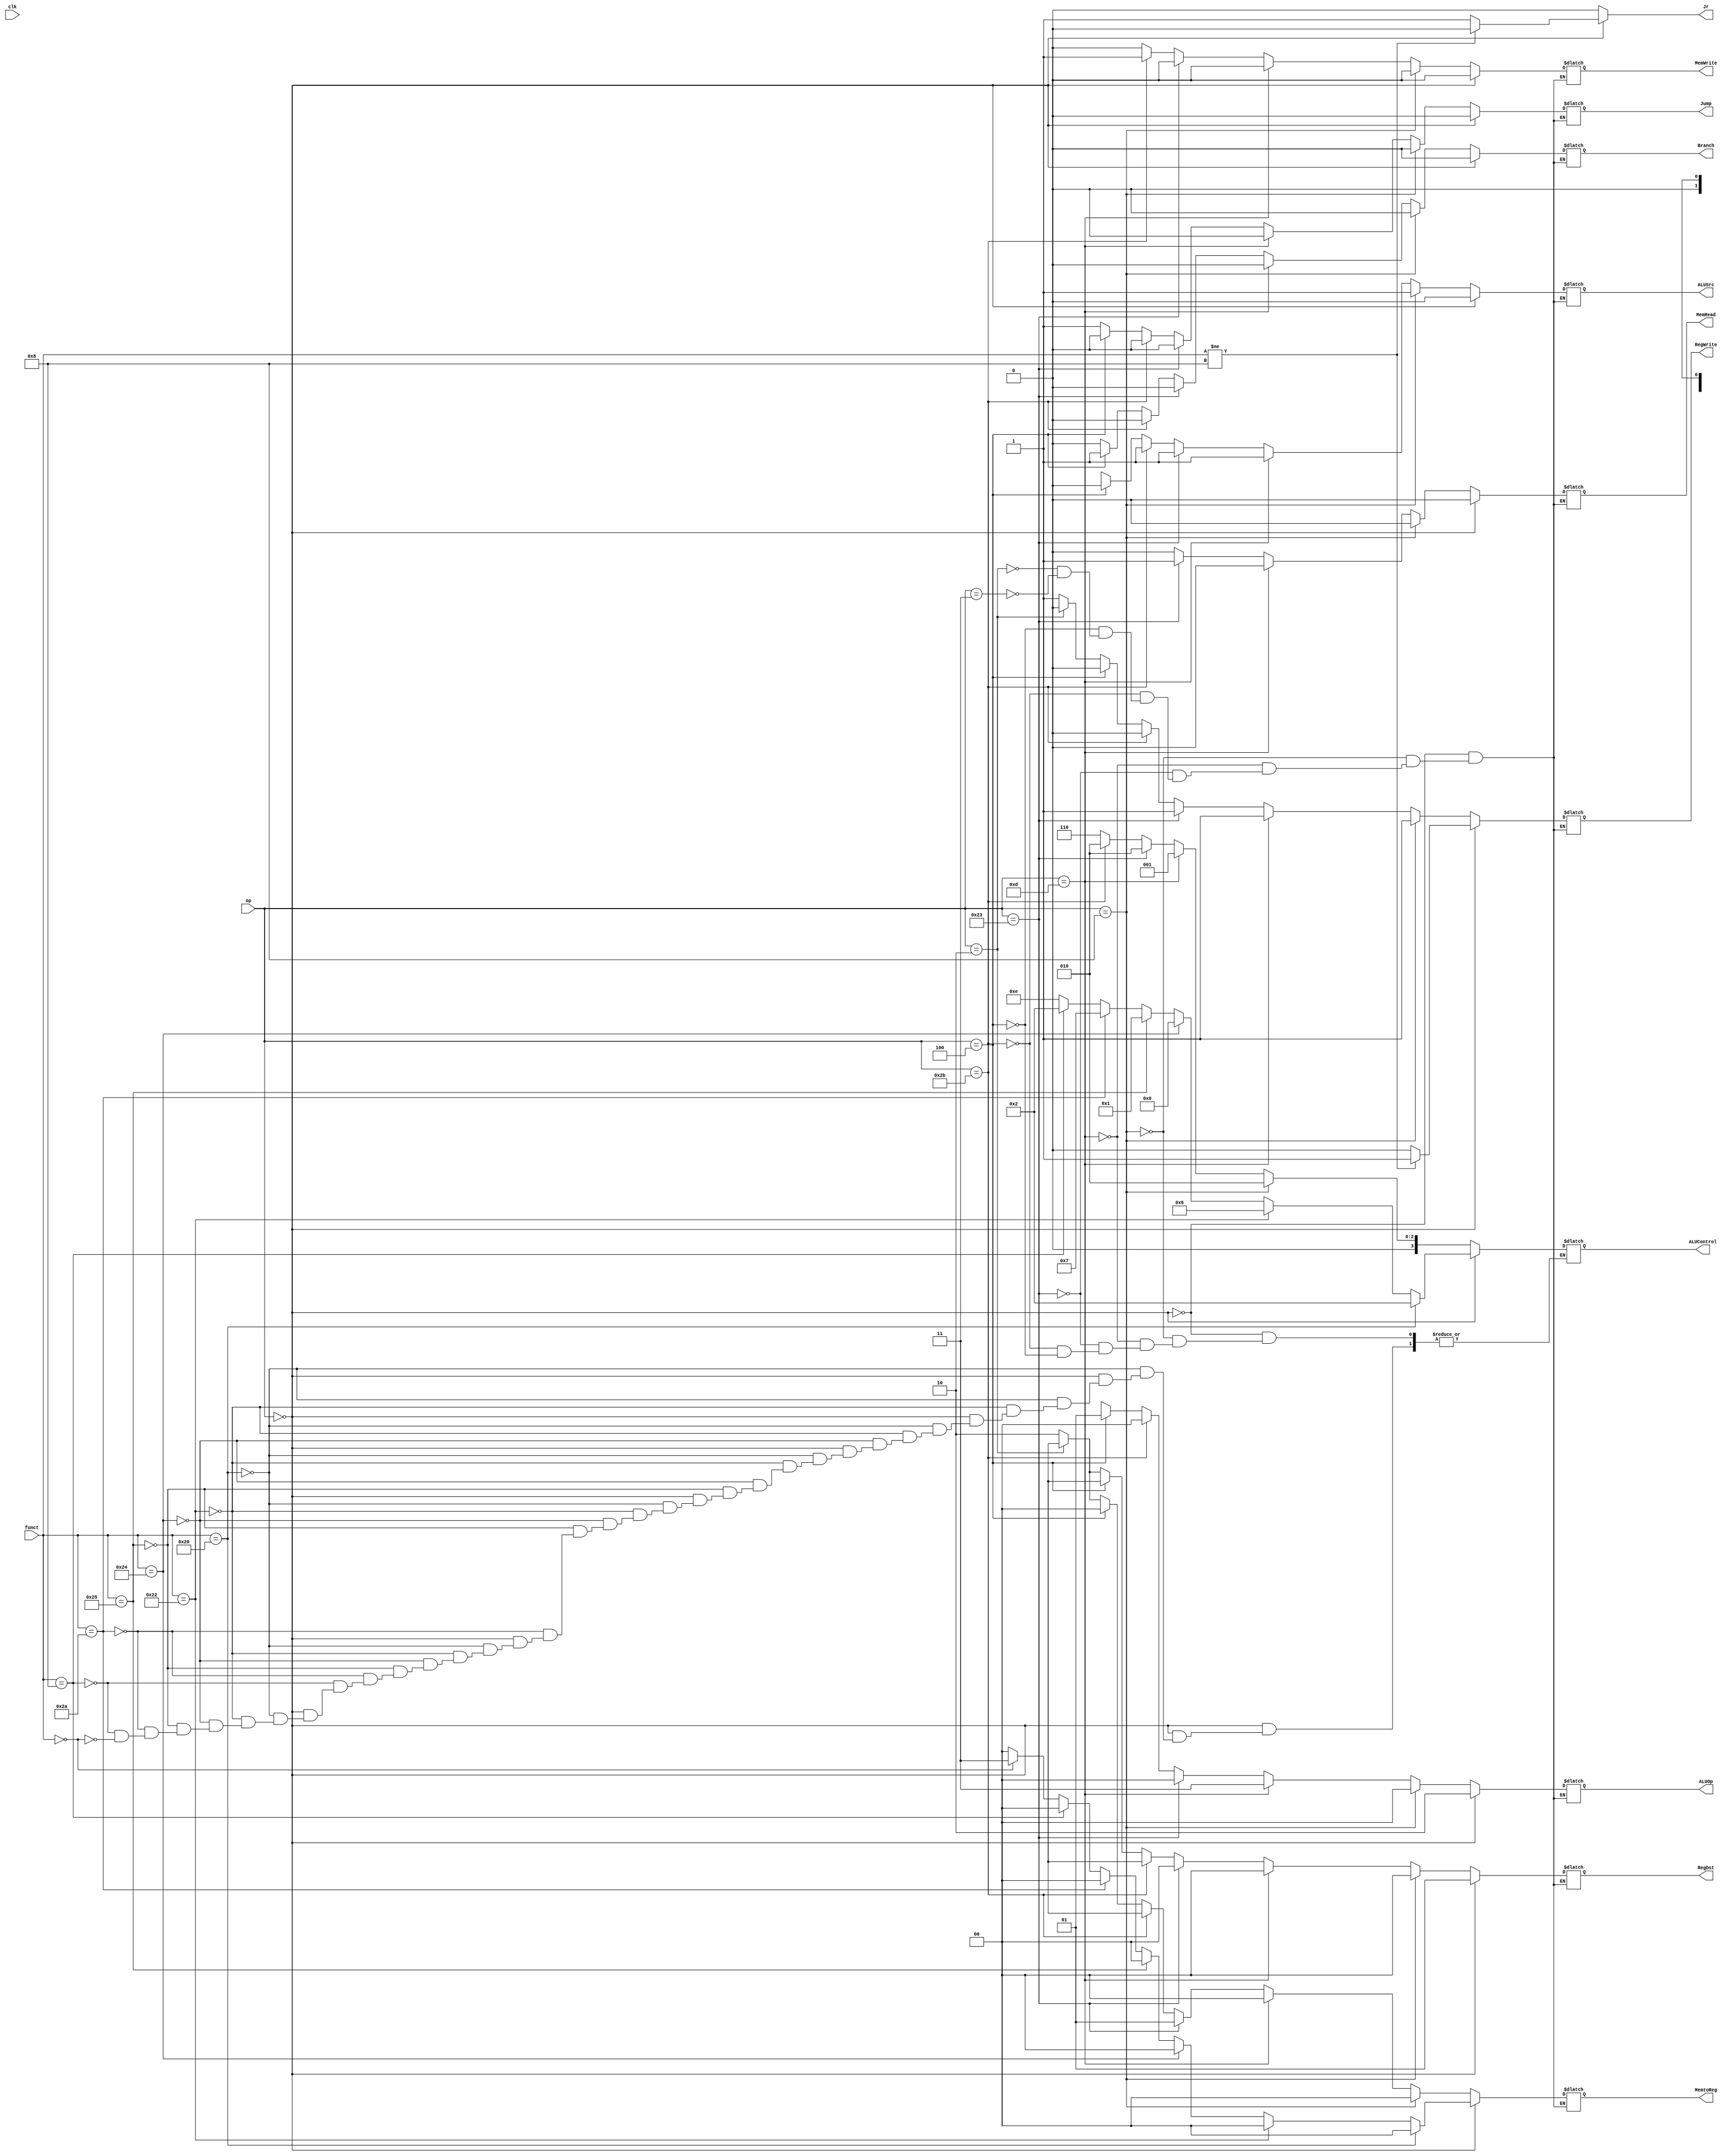


module ALU_Control (input clk,input [5:0] op ,funct,
                    output reg [1:0] MemtoReg, output reg Branch, MemRead,output reg [1:0] RegDst ,output reg MemWrite,  ALUSrc, RegWrite,Jump,Jr, // memtoreg kant 2 bits
                    output reg [1:0] ALUOp, output reg [3:0] ALUControl );

always @ (op,funct)
begin
Jr<=0;
if (op == 0)  // R-type
begin 
RegDst <= 1;
if (funct != 8)
begin
  RegWrite <= 1;Jr <= 0 ;
end
else
 begin
RegWrite <=0;Jr <= 1;
end

ALUSrc <= 0;
MemtoReg <= 0;
MemRead <= 0;
MemWrite <= 0;
Branch <=0;
Jump <= 0;

ALUOp <= 2'b10 ;  // R   
            if (funct == 32 )
              begin
                ALUControl = 4'b0010 ; // (+) add
               end 
            else if (funct == 34 )
              begin
                ALUControl = 4'b0110 ; // (-) sub
               end

            else if (funct == 36)
              begin
                 ALUControl = 4'b0000 ; // and
               end

            else if (funct == 37)
              begin
                ALUControl = 4'b0001 ; // or
               end

            else if (funct == 42)
              begin
                 ALUControl = 4'b0111 ; // (-) slt
               end

            else if (funct == 8)  
              begin
                 ALUControl = 4'b0010 ; // JR
                
               end

           else if (funct == 0)  
              begin
                 ALUControl = 4'b1110 ; // sll
                 MemtoReg <= 2'b11;
               end



end

else if (op == 8)  // addi
begin
RegDst <= 0;
RegWrite <= 1;
ALUSrc <= 1;
MemtoReg <= 0;
MemRead <= 0;
MemWrite <= 0;
Branch <=0;
Jump <= 0;

ALUOp <= 2'b0 ; // Addition
ALUControl <= 4'b0010 ;

end


else if (op == 13)  // ori
begin
RegDst <= 0;
RegWrite <= 1;
ALUSrc <= 1;
MemtoReg <= 0;
MemRead <= 0;
MemWrite <= 0;
Branch <=0;
Jump <= 0;

ALUOp <= 2'b11 ; 
ALUControl <= 4'b0001 ;

end

else if (op == 35)  // lw
begin
RegDst <= 0;
RegWrite <= 1;
ALUSrc <= 1;
MemtoReg <= 1;
MemRead <= 1;
MemWrite <= 0;
Branch <=0;
Jump <= 0;

ALUOp <= 2'b0  ;// Addition
ALUControl <= 4'b0010 ;
end
    

else if (op == 43)  // sw
begin
RegDst <= 1'bx;
RegWrite <= 0;
ALUSrc <= 1;
MemtoReg <= 1'bx;
MemRead <= 0;
MemWrite <= 1;
Branch <=0;
Jump <= 0;

ALUOp <= 2'b0 ; // Addition
ALUControl <= 4'b0010 ;
end


else if (op == 4)  // beq
begin
RegDst <= 1'bx;
RegWrite <= 0;
ALUSrc <= 0;
MemtoReg <= 0;
MemRead <= 0;
MemWrite <= 0;
Branch <=1;
Jump <= 0;

ALUOp <= 2'b01 ; // Subtraction
ALUControl <= 4'b0110 ;
end

else if (op == 2)  // j
begin
RegDst <= 1'bx;
RegWrite <= 0;
ALUSrc <= 1'bx;
MemtoReg <= 1'bx;
MemRead <= 0;
MemWrite <= 0;
Branch <=0;
Jump <= 1;

ALUOp <= 2'bxx ;
end



else if (op == 3)  // jal
begin
RegDst <= 2'b10;
RegWrite <= 1;
ALUSrc <= 1'bx;
MemtoReg <= 2'b10;
MemRead <= 0;
MemWrite <= 0;
Branch <=0;
Jump <= 1;

ALUOp <= 2'bxx ;
end






//$monitor ("%b %b %b %b %b %b %b %b",RegDst,RegWrite,ALUSrc,MemtoReg,MemRead,Branch,Jump, ALUOp, ALUControl);

end



endmodule